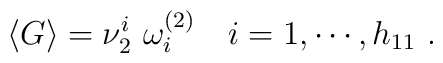
\langle G\rangle = \nu^i_2\ \omega^{(2)}_i \quad i=1, \cdots, h_{11}\ .